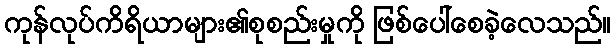
ကုန်လုပ်ကိရိယာများ၏စုစည်းမှုကို ဖြစ်ပေါ်စေခဲ့လေသည်။